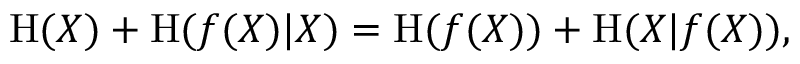
\mathrm { H } ( X ) + \mathrm { H } ( f ( X ) | X ) = \mathrm { H } ( f ( X ) ) + \mathrm { H } ( X | f ( X ) ) ,